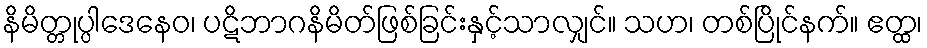
နိမိတ္တုပ္ပါဒေနေဝ၊ ပဋိဘာဂနိမိတ်ဖြစ်ခြင်းနှင့်သာလျှင်။ သဟ၊ တစ်ပြိုင်နက်။ ဧတ္ထ၊